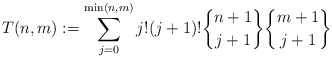
\begin{gather*}T(n,m):= \sum_{j=0}^{\min(n,m)} j ! (j+1) ! {n+1 \brace j+1} {m+1 \brace j+1}\end{gather*}